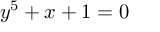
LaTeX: y ^ { 5 } + x + 1 = 0